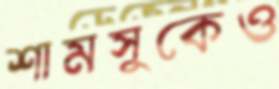
শামসুকেও